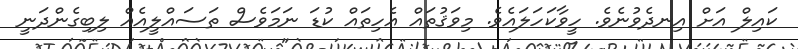
ކައިލް އަށް އިނދެވުނެވެ. ހީވާކަހަލައެވެ. މިވަޤުތައް އެހިތައް ކުޑަ ނަމަވެސް ތަސައްލީއެއް ލިބިގެންދަނީ